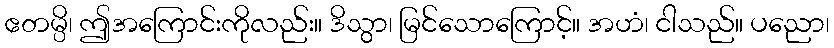
ဧတမ္ပိ၊ ဤအကြောင်းကိုလည်း။ ဒိသွာ၊ မြင်သောကြောင့်။ အဟံ၊ ငါသည်။ ပညော၊